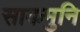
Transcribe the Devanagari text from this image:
साकमुनि